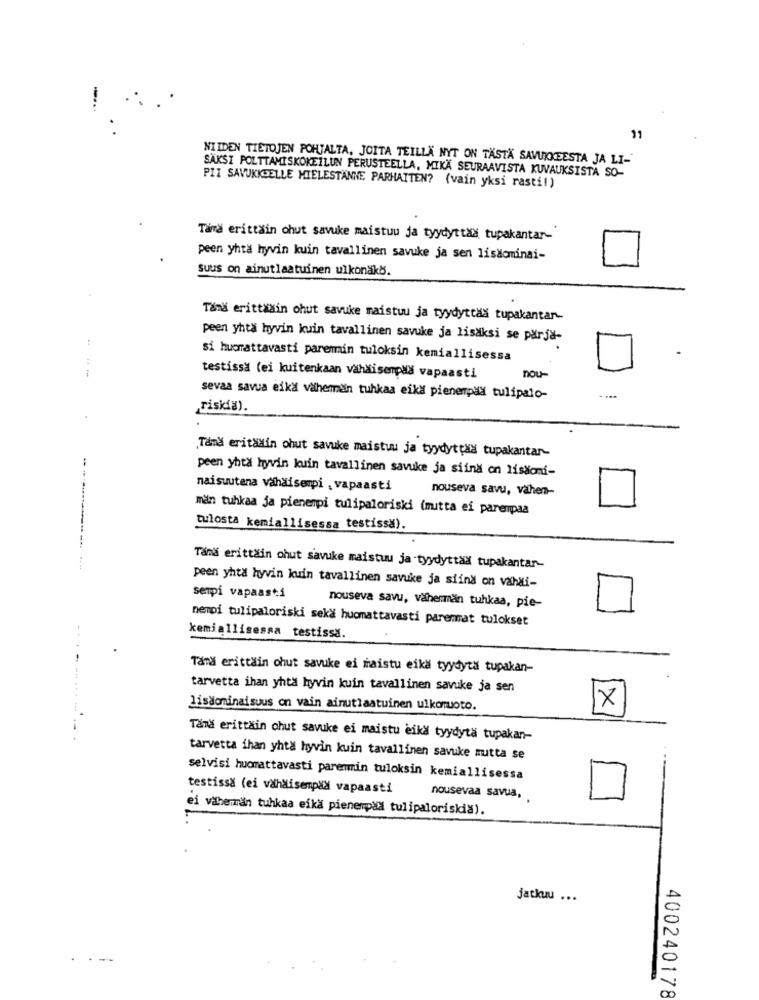
-
NIIDEN TIETOJEN POHJALTA, JOITA TEILLA NYT ON TÄSTÄ SAVUKKEESTA JA LI-
SÄKSI POLTTAMISKOKEILUN PERUSTEELLA, MIKÄ SEURAAVISTA KUVAUKSISTA SO-
PII SAVUKKDELLE MIELESTÄNNE PARHATTEN? (vain yksi rasti!)
Tama erittain chut savuke maistuu ja tyydyttaa tupakantar-
peen yhtä hyvin kuin tavallinen savuke ja sen lisdominai-
suus on ainutlaatuinen ulkonakb.
Tand erittašin chut savuke maistuu ja tyydyttaš tupakantar-
peen yhtä hyvin kuin tavallinen savuke ja lisaksi se pärja-
si hucrattavasti paremin tuloksin kemiallisessa
testissa (ei kuitenkaan vähäisempaa vapaasti
nou-
sevaa savua eikä vähemmän tuhkaa eika pienempad tulipalo-
riskia).
Tamš eritalin ohut savuke maistuu ja tyydyttää tupakantar-
peen yhtä hyvin kuin tavallinen savuke ja siina on lissoni-
naisuutena vähäisempi . vapaasti
nouseva savu, vähem-
män tuhkaa ja pienempi tulipaloriski (mutta ei pareripaa
tulosta kemiallisessa testissa).
---- --
Tand erittäin chut savuke maistuu ja tyydyttad tupakantar-
peen yhta hyvin kuin tavallinen savuke ja siind on vahai-
senpi vapaasti
nouseva savu, väherman tuhkaa, pie-
nempi tulipaloriski seka huomattavasti paremat tulokset
kemiallisessa testissa.
Tänk erittäin chut savuke ei maistu eiká tyydyta tupakan-
tarvetta ihan yhtä hyvin kuin tavallinen savuke ja sen
lisaominaisuus on vain ainutlaatuinen ulkomuoto.
x
----------.
Tämä erittäin chut savuke ei maistu eika tyydyta tupakan-
tarvetta ihan yhtä hyvin kuin tavallinen savuke mutta se
selvisi huomattavasti paremtin tuloksin kemiallisessa
testissa (ei vähdisempad vapaasti
nousevaa savua,
ei väbemän tuhkaa eika pienempad tulipaloriskia).
jatkuu ...
--
400240178